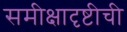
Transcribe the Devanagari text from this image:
समीक्षादृष्टीची